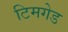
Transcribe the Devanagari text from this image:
टिमगेड